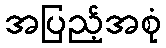
အပြည့်အစုံ